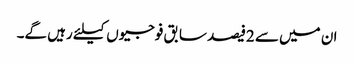
ان میں سے 2فیصد سابق فوجیوں کیلئے رہیں گے۔